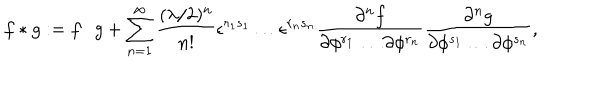
f \ast g : = f \cdot g + \sum _ { n = 1 } ^ { \infty } { \frac { ( \lambda / 2 ) ^ { n } } { n ! } } \epsilon ^ { r _ { 1 } s _ { 1 } } \dots \epsilon ^ { r _ { n } s _ { n } } { \frac { \partial ^ { n } f } { \partial \phi ^ { r _ { 1 } } \dots \partial \phi ^ { r _ { n } } } } { \frac { \partial ^ { n } g } { \partial \phi ^ { s _ { 1 } } \dots \partial \phi ^ { s _ { n } } } } ,